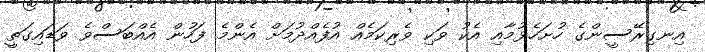
އިނގިރޭސީންގެ ހުށަހެޅުމާއި އެކު ވަކި ވެރިކަމެއް އުފެއްދުމަށް އެންމެ ފަހުން އެއްބަސްވެ ވަޑައިގަތީ